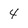
Character: 4